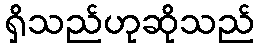
ရှိသည်ဟုဆိုသည်